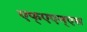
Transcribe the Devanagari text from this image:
एफ्‌एएम्‌एस